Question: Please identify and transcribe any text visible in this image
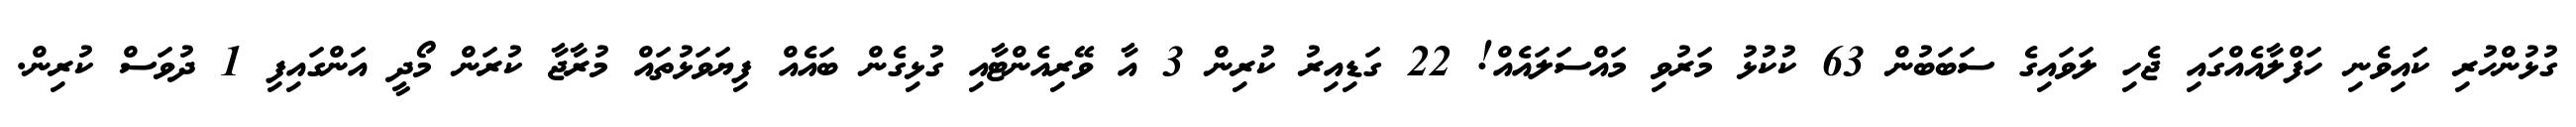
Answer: ގުޅުންހުރި ކައިވެނި ހަފްލާއެއްގައި ޖެހި ލަވައިގެ ސަބަބުން 63 ކުކުޅު މަރުވި މައްސަލައެއް! 22 ގަޑިއިރު ކުރިން 3 އާ ވޭރިއެންޓާއި ގުޅިގެން ބައެއް ފިޔަވަޅުތައް މުރާޖާ ކުރަން މޯދީ އަންގައިފި 1 ދުވަސް ކުރިން.